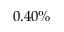
0 . 4 0 \%